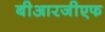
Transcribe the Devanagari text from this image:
बीआरजीएफ